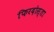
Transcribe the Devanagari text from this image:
फिरदोस्ता